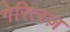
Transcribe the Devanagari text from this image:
गेरित्स्ज़